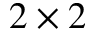
2 \times 2